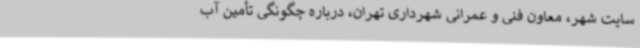
سایت شهر، معاون فنی و عمرانی شهرداری تهران، درباره چگونگی تأمین آب